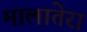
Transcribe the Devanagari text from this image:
मालातेरा